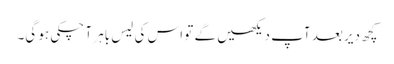
کچھ دیر بعد آپ دیکھیں گے تو اس کی لیس باہر آ چکی ہو گی۔